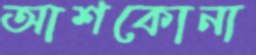
আশকোনা